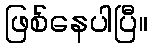
ဖြစ်နေပါပြီ။